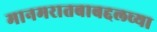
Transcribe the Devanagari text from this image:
मानमरातबाबद्दलच्या